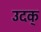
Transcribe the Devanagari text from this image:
उदक्